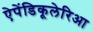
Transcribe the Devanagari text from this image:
ऐपेंडिकूलेरिआ